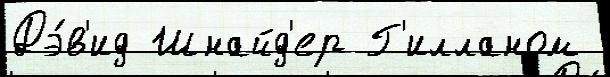
Дэ́в'ид Шнайд'ер Г'илланом